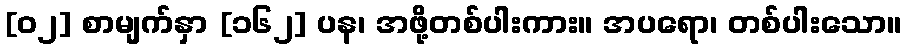
[၀၂] စာမျက်နှာ [၁၆၂] ပန၊ အဖို့တစ်ပါးကား။ အပရော၊ တစ်ပါးသော။